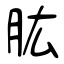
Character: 肱